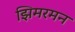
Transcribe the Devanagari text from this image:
झिमरमन